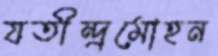
যতীন্দ্রমোহন